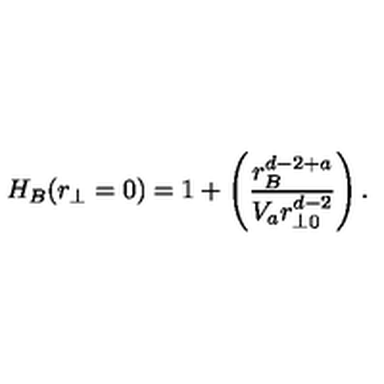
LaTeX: H _ { B } ( r _ { \perp } = 0 ) = 1 + \left( { \frac { r _ { B } ^ { d - 2 + a } } { V _ { a } r _ { \perp 0 } ^ { d - 2 } } } \right) .